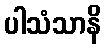
ပါသံသာနိ